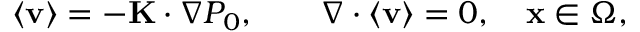
\begin{array} { r } { \langle \mathbf v \rangle = - \mathbf { K } \cdot \nabla P _ { 0 } , \qquad \nabla \cdot \langle \mathbf v \rangle = 0 , \quad \mathbf x \in \Omega , } \end{array}